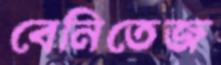
বেনিতেজ